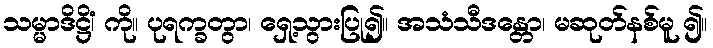
သမ္မာဒိဋ္ဌိံ၊ ကို။ ပုရက္ခတွာ၊ ရှေ့သွားပြု၍။ အသံသီဒန္တော၊ မဆုတ်နစ်မူ ၍။